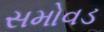
સમોવડ